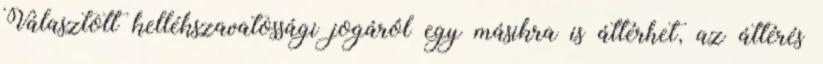
Választott kellékszavatossági jogáról egy másikra is áttérhet, az áttérés